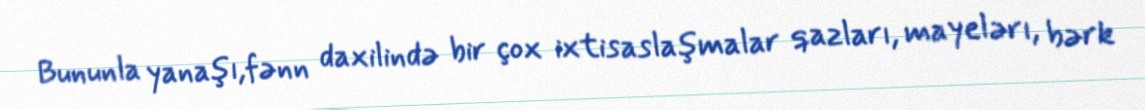
Bununla yanaşı,fənn daxilində bir çox ixtisaslaşmalar qazları, mayelərı, bərk